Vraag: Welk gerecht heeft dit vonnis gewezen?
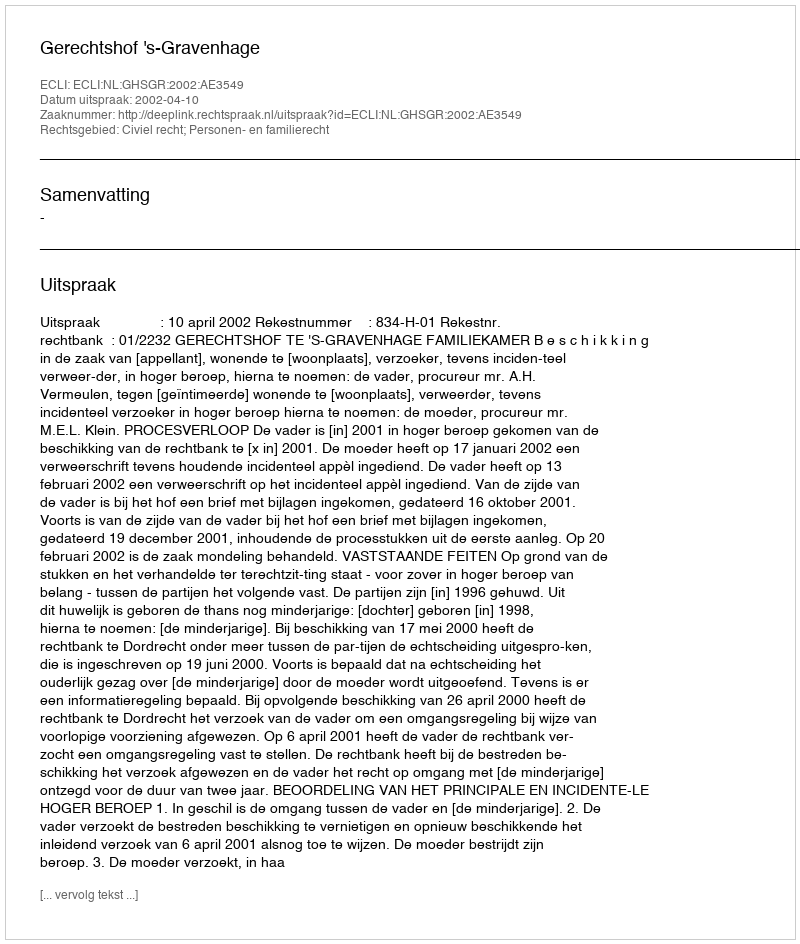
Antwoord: Gerechtshof 's-Gravenhage